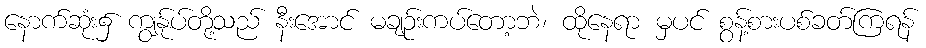
နောက်ဆုံး၌ ကျွန်ုပ်တို့သည် နီးအောင် မချဉ်းကပ်တော့ဘဲ၊ ထိုနေရာ မှပင် စွန့်စားပစ်ခတ်ကြရန်